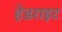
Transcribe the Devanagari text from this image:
हेडराइट